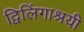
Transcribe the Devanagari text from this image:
द्विलिंगाश्रयी